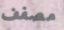
مصفف